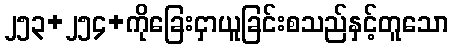
၂၅၃+၂၅၄+ကိုခြေးငှာယူခြင်းစသည်နှင့်တူသော